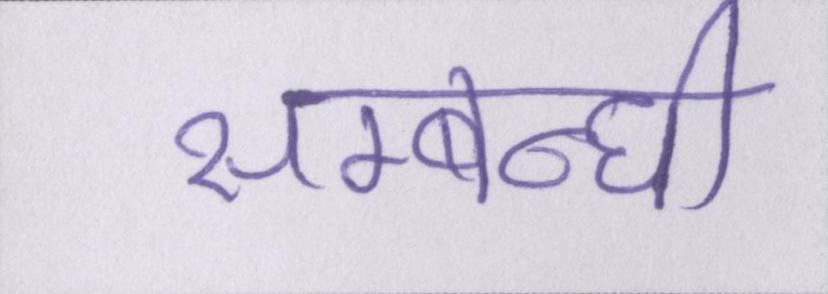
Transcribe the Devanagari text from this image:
सम्बन्धी